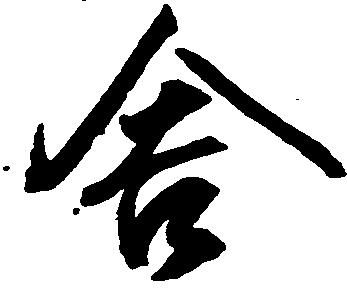
舎